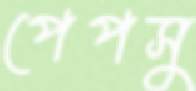
পেপসু